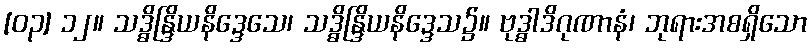
[၀၃] ၁၂။ သဒ္ဓိန္ဒြိယနိဒ္ဒေသေ၊ သဒ္ဓိန္ဒြိယနိဒ္ဒေသ၌။ ဗုဒ္ဓာဒိဂုဏာနံ၊ ဘုရားအစရှိသော